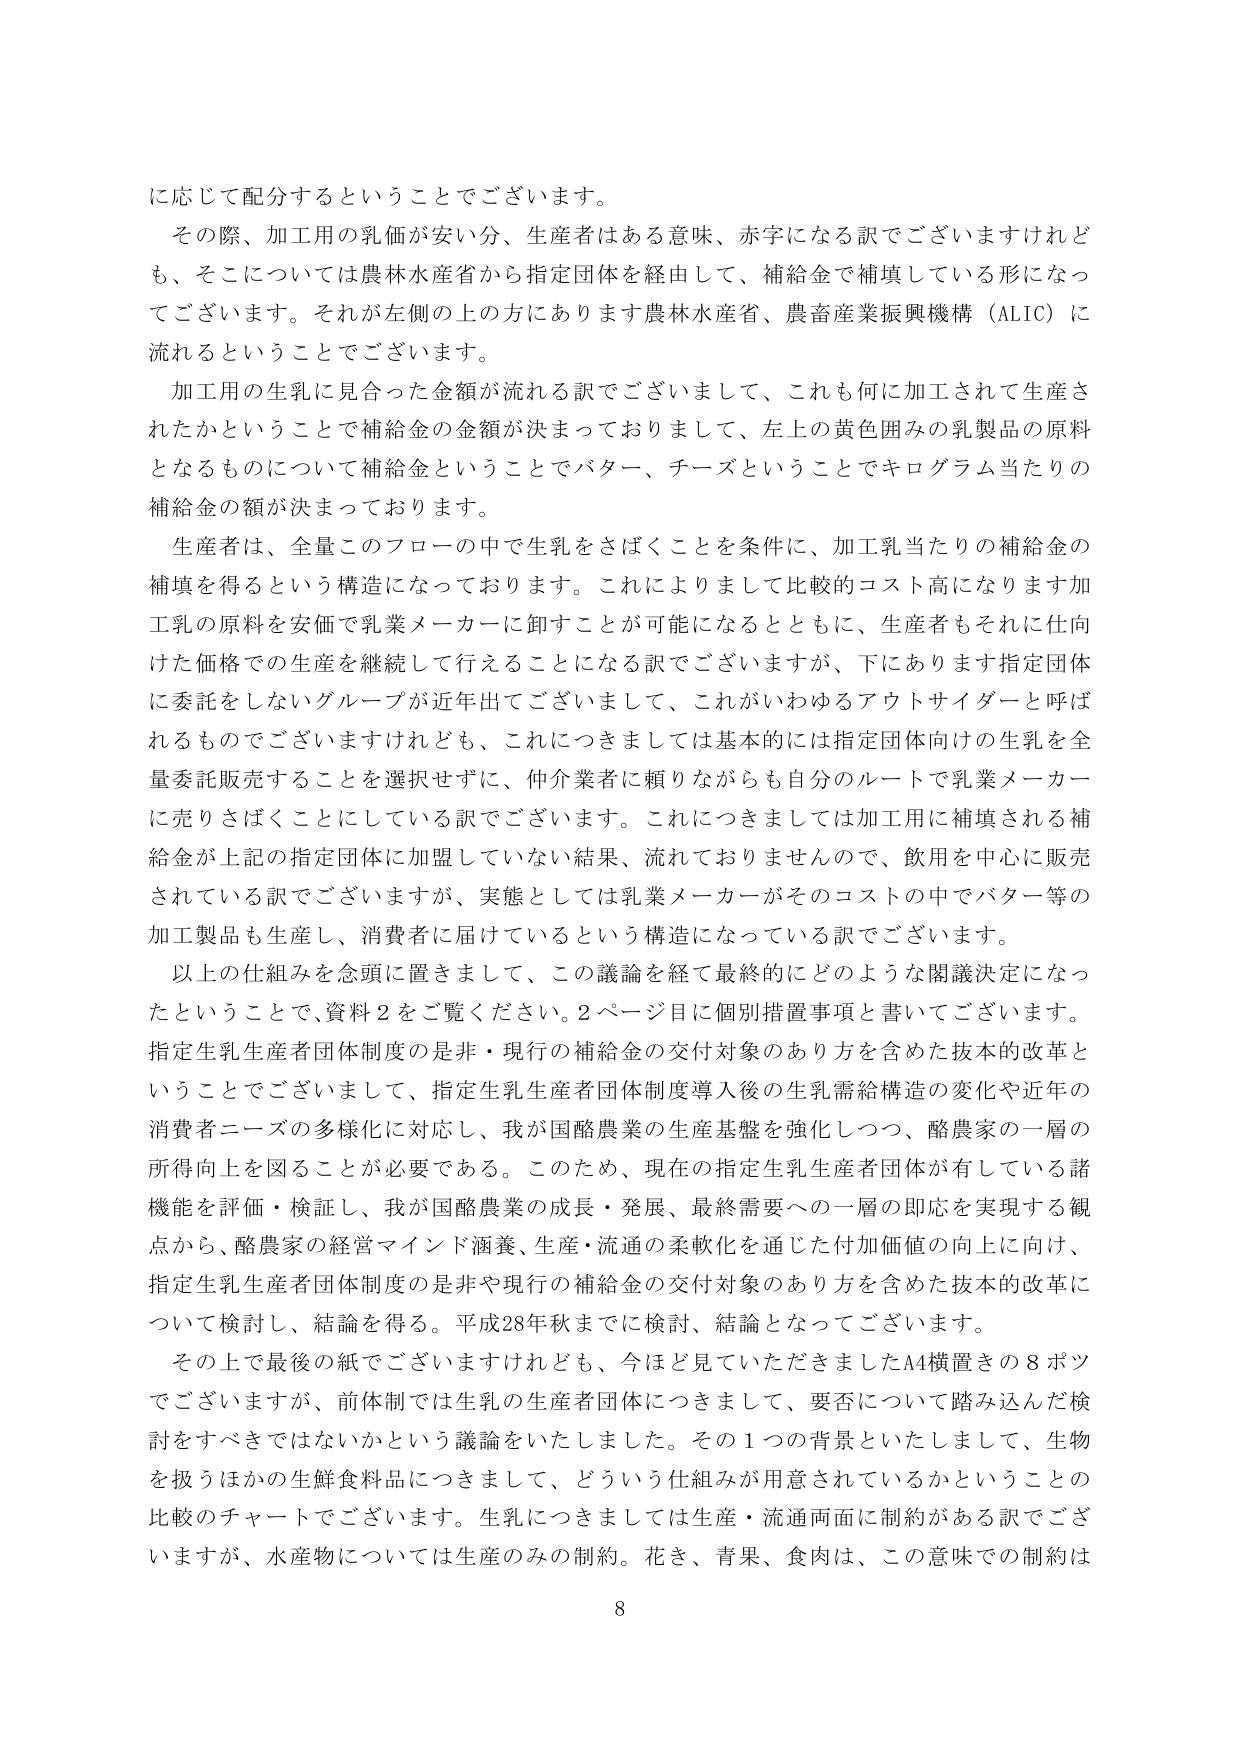
に応じて配分するということでございます。

その際、加工用の乳価が安い分、生産者はある意味、赤字になる訳でございますけれども、そこについては農林水産省から指定団体を経由して、補給金で補填している形になってございます。それが左側の上の方にあります農林水産省、農畜産業振興機構（ALIC）に流れるということでございます。

加工用の生乳に見合った金額が流れる訳でございまして、これも何に加工されて生産されたかということで補給金の金額が決まっておりまして、左上の黄色囲みの乳製品の原料となるものについて補給金ということでバター、チーズということでキログラム当たりの補給金の額が決まっております。

生産者は、全量このフローの中で生乳をさばくことを条件に、加工乳当たりの補給金の補填を得るという構造になっております。これによりまして比較的コスト高になります加工乳の原料を安価で乳業メーカーに卸すことが可能になるとともに、生産者もそれに仕向けた価格での生産を継続して行えることになる訳でございますが、下にあります指定団体に委託をしないグループが近年出てございまして、これがいわゆるアウトサイダーと呼ばれるものでございますけれども、これにつきましては基本的には指定団体向けの生乳を全量委託販売することを選択せず、仲介業者に頼りながらも自分のルートで乳業メーカーに売りさばくことにしていている訳でございます。これにつきましては加工用に補填される補給金が上記の指定団体に加盟していない結果、流れておりませんので、飲用を中心に販売されている訳でございますが、実態としては乳業メーカーがそのコストの中でバター等の加工製品も生産し、消費者に届けているという構造になっている訳でございます。

以上の仕組みを念頭に置きまして、この議論を経て最終的にどのような閣議決定になったということで、資料2をご覧ください。2ページ目に個別措置事項と書いてございます。指定生乳生産者団体制度の是非・現行の補給金の交付対象のあり方を含めた抜本的改革ということでございまして、指定生乳生産者団体制度導入後の生乳需給構造の変化や近年の消費者ニーズの多様化に対応し、我が国酪農業の生産基盤を強化しつつ、酪農家の一層の所得向上を図ることが必要である。このため、現在の指定生乳生産者団体が有している諸機能を評価・検証し、我が国酪農業の成長・発展、最終需要への一層の即応を実現する観点から、酪農家の経営マインド涵養、生産・流通の柔軟化を通じた付加価値の向上に向け、指定生乳生産者団体制度の是非や現行の補給金の交付対象のあり方を含めた抜本的改革について検討し、結論を得る。平成28年秋までに検討、結論となってございます。

その上で最後の紙でございますけれども、今ほど見ていただきましたA4横置きの8ポツでございますが、前体制では生乳の生産者団体につきまして、要否について踏み込んだ検討をすべきではないかという議論をいたしました。その1つの背景といたしまして、生物を扱うほかの生鮮食料品につきまして、どういう仕組みが用意されているかということの比較のチャートでございます。生乳につきましては生産・流通両面に制約がある訳でございますが、水産物については生産のみの制約。花き、青果、食肉は、この意味での制約は

8